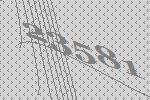
23581